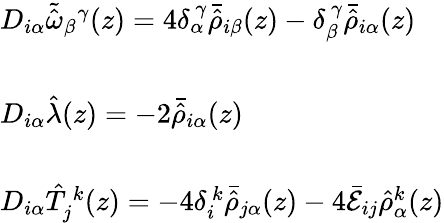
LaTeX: \begin{array}{l}{{D_{i\alpha}\tilde{\hat{\omega}}_{\beta}{}^{\gamma}(z)=4\delta_{\alpha}^{~\gamma}\bar{\hat{\rho}}_{i\beta}(z)-\delta_{\beta}^{~\gamma}\bar{\hat{\rho}}_{i\alpha}(z)}}\\ {{{}}}\\ {{D_{i\alpha}\hat{\lambda}(z)=-2\bar{\hat{\rho}}_{i\alpha}(z)}}\\ {{{}}}\\ {{D_{i\alpha}\hat{T}_{j}^{~k}(z)=-4\delta_{i}^{~k}\bar{\hat{\rho}}_{j\alpha}(z)-4\bar{\cal E}_{ij}\hat{\rho}{}_{\alpha}^{k}(z)}}\end{array}